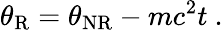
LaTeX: \theta_{\mathrm{R}}=\theta_{\mathrm{NR}}-mc^{2}t\ .